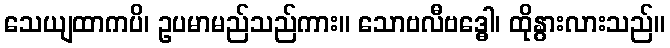
သေယျထာကပိ၊ ဥပမာမည်သည်ကား။ သောဗလီဗဒ္ဓေါ၊ ထိုနွားလားသည်။